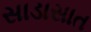
સાડાસાત